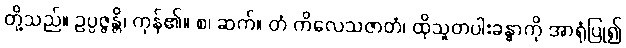
တို့သည်။ ဥပ္ပဇ္ဇန္တိ၊ ကုန်၏။ စ၊ ဆက်။ တံ ကိလေသဇာတံ၊ ထိုသူတပါးခန္ဓာကို အာရုံပြု၍